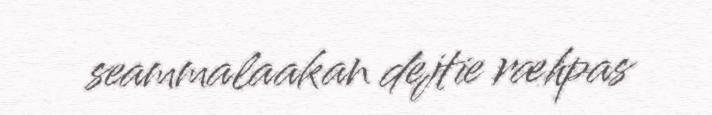
seammalaakan dejtie ræhpas